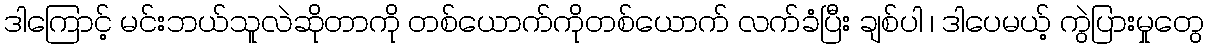
ဒါကြောင့် မင်းဘယ်သူလဲဆိုတာကို တစ်ယောက်ကိုတစ်ယောက် လက်ခံပြီး ချစ်ပါ ၊ ဒါပေမယ့် ကွဲပြားမှုတွေ